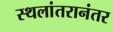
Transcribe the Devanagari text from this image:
स्थलांतरानंतर